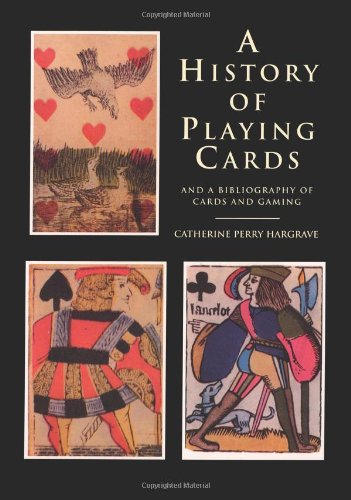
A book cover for A History of Playing Cards and a Bibliography of Cards and Gaming; Catherine Perry Hargrave; Crafts, Hobbies & Home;